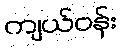
ကျယ်ဝန်း